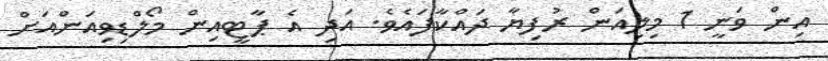
އިން ވަނީ 1 މިލިއަން ރުފިޔާ ދައްކާފަައެވެ. އަދި އެ ޕާޓީއިން މޯލްޑިވިއަންއަށް